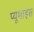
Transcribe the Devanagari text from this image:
प्यूमाइस